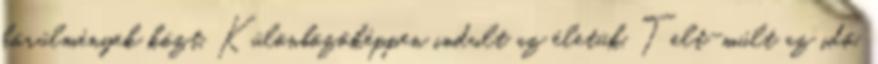
körülmények közt. Különbözőképpen indult az életük. Telt-múlt az idő.